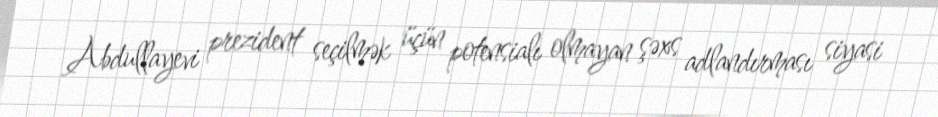
Abdullayevi prezident seçilmək üçün potensialı olmayan şəxs adlandırması siyasi